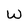
Character: W